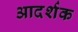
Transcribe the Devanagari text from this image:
आदर्शक